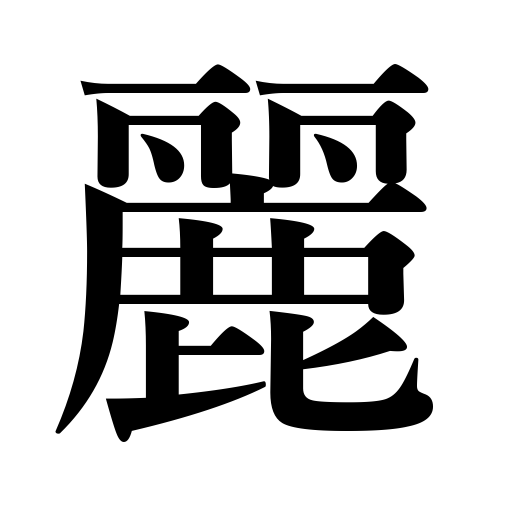
Meanings: beautiful,graceful,lovely,fine,serene,bright and clear